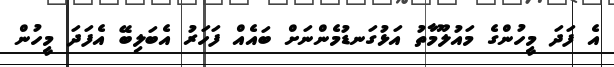
އެ ފަދަ މީހުންގެ މައުލޫމާތު އަޅުގަނޑުމެންނަށް ބައެއް ފަހަރު އެބަލިބޭ އެފަދަ މީހުން